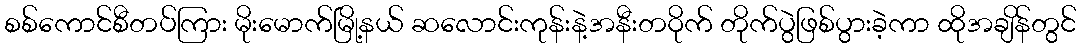
စစ်ကောင်စီတပ်ကြား မိုးမောက်မြို့နယ် ဆလောင်းကုန်းနဲ့အနီးတဝိုက် တိုက်ပွဲဖြစ်ပွားခဲ့ကာ ထိုအချိန်တွင်